King Institute of Preventive Medicine Bacteriolog. Section reports 1907-08
Year: 1907
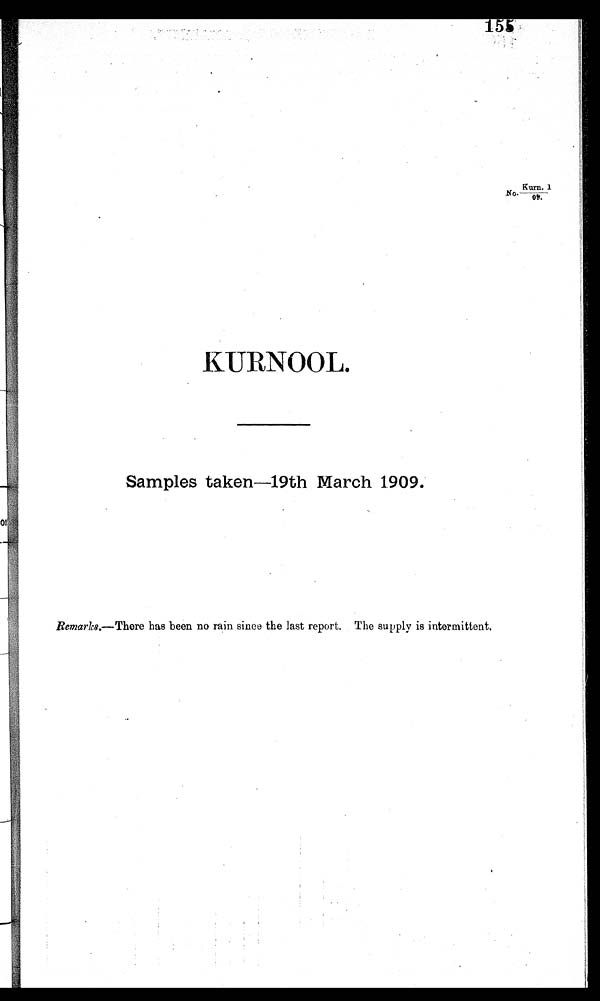
No. Kurn.1 /09.
KURNOOL.
Samples taken —19th March 1909.
Remarks.—There has been no rain since the last report. The supply is intermittent,